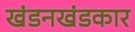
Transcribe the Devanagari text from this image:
खंडनखंडकार